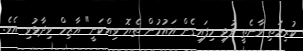
ކުރިމަތި ވާނެތީ ފުޅި ހިފައިގެން އައުމުން ތެޔޮ ވިއްކަނީ" އާޒިމް ވިދާޅުވި އެވެ.